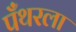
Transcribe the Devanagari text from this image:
पँथरला